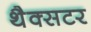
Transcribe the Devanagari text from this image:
थैक्सटर